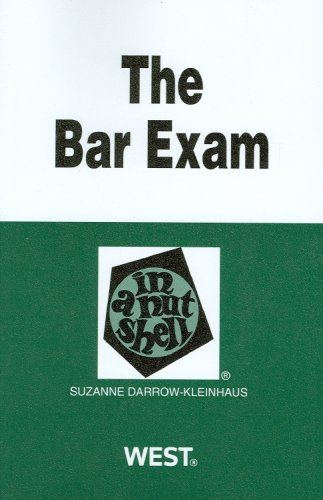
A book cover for The Bar Exam in a Nutshell; Suzanne Darrow-Kleinhaus; Test Preparation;